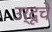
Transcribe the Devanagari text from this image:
उर्दूचे